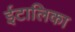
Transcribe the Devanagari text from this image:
ईटालिका